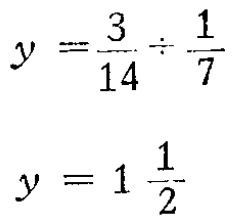
\[

y = \frac{3}{14} \div \frac{1}{7} \\

y = 1\frac{1}{2}

\]